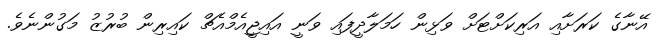
އޭނާގެ ކަރަށާއި އަރިކަށްޓަށް ވަޅިން ހަމަލާދީފައި ވަނީ އައިޖީއެމްއެޗް ކައިރިން ބުރުޒު މަގުންނެވެ.